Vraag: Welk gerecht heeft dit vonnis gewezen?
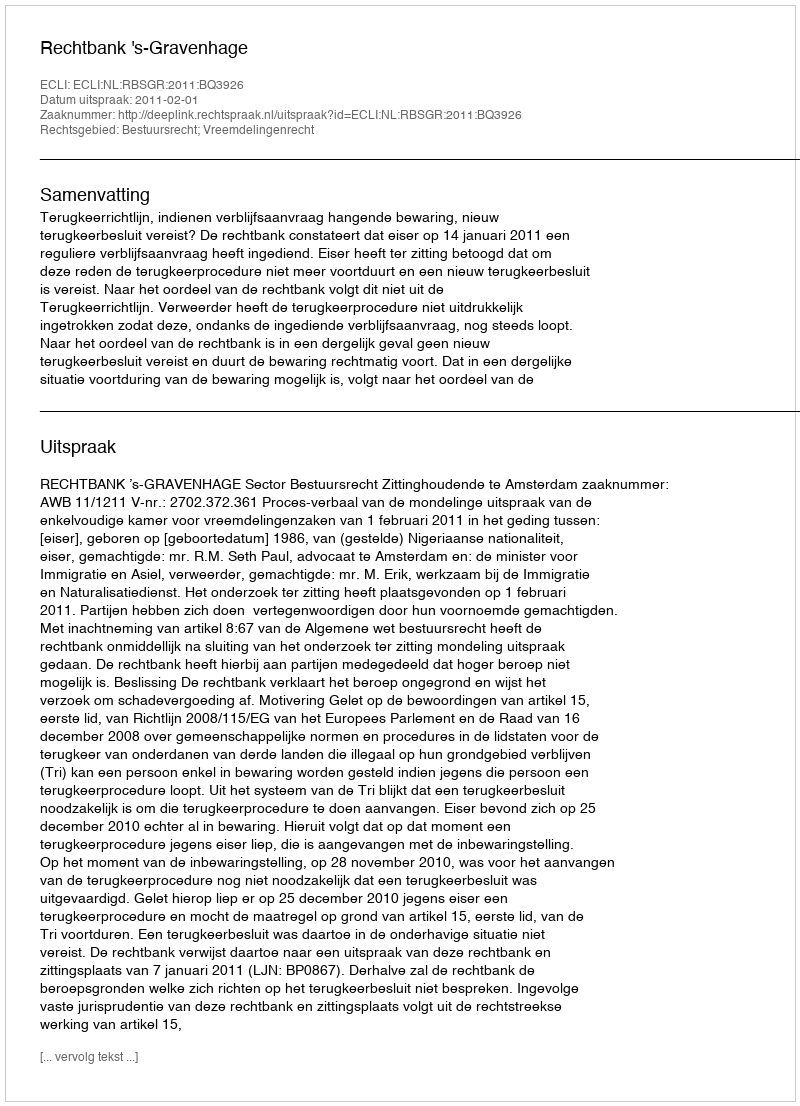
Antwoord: Rechtbank 's-Gravenhage